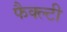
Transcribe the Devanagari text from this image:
फैक्ल्टी